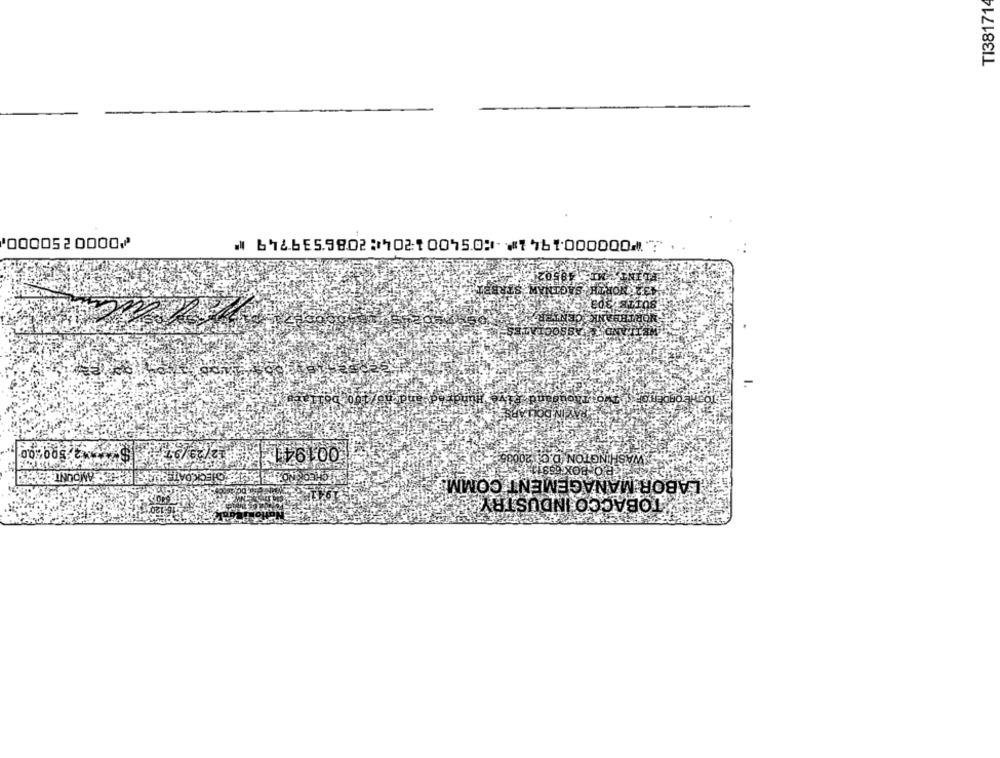
TI381714
2⑈0000001941⑈ ⑆054001204⑆2086539749 ⑈
0000520000⑇
ŠOCÍ
2,500200
5.WASHINGTON D.C. 20086
LABOR MANAGEMENT COMM.
- INDOW .
TOBACCO INDUSTRY !!